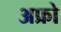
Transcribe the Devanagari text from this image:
अफ्रो